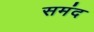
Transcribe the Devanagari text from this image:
समंद